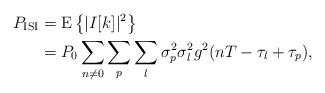
LaTeX: \begin{align*}P_{\mathrm{ISI}}&=\mathrm{E}\left\{|I[k]|^2\right\}\\&=P_0\sum_{n\neq 0}\sum_{p}\sum_l\sigma_p^2\sigma_l^2g^2(nT-\tau_l+\tau_p),\end{align*}